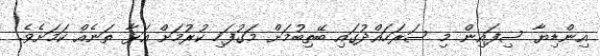
އިންޑިޔާ ސިފައިން މި ސަރަހައްދުގައި ބޭތިބުމަށް މަގުފަހި ކުރުމަށް އަޅާ ތަނެއް ކަމަށެވެ.